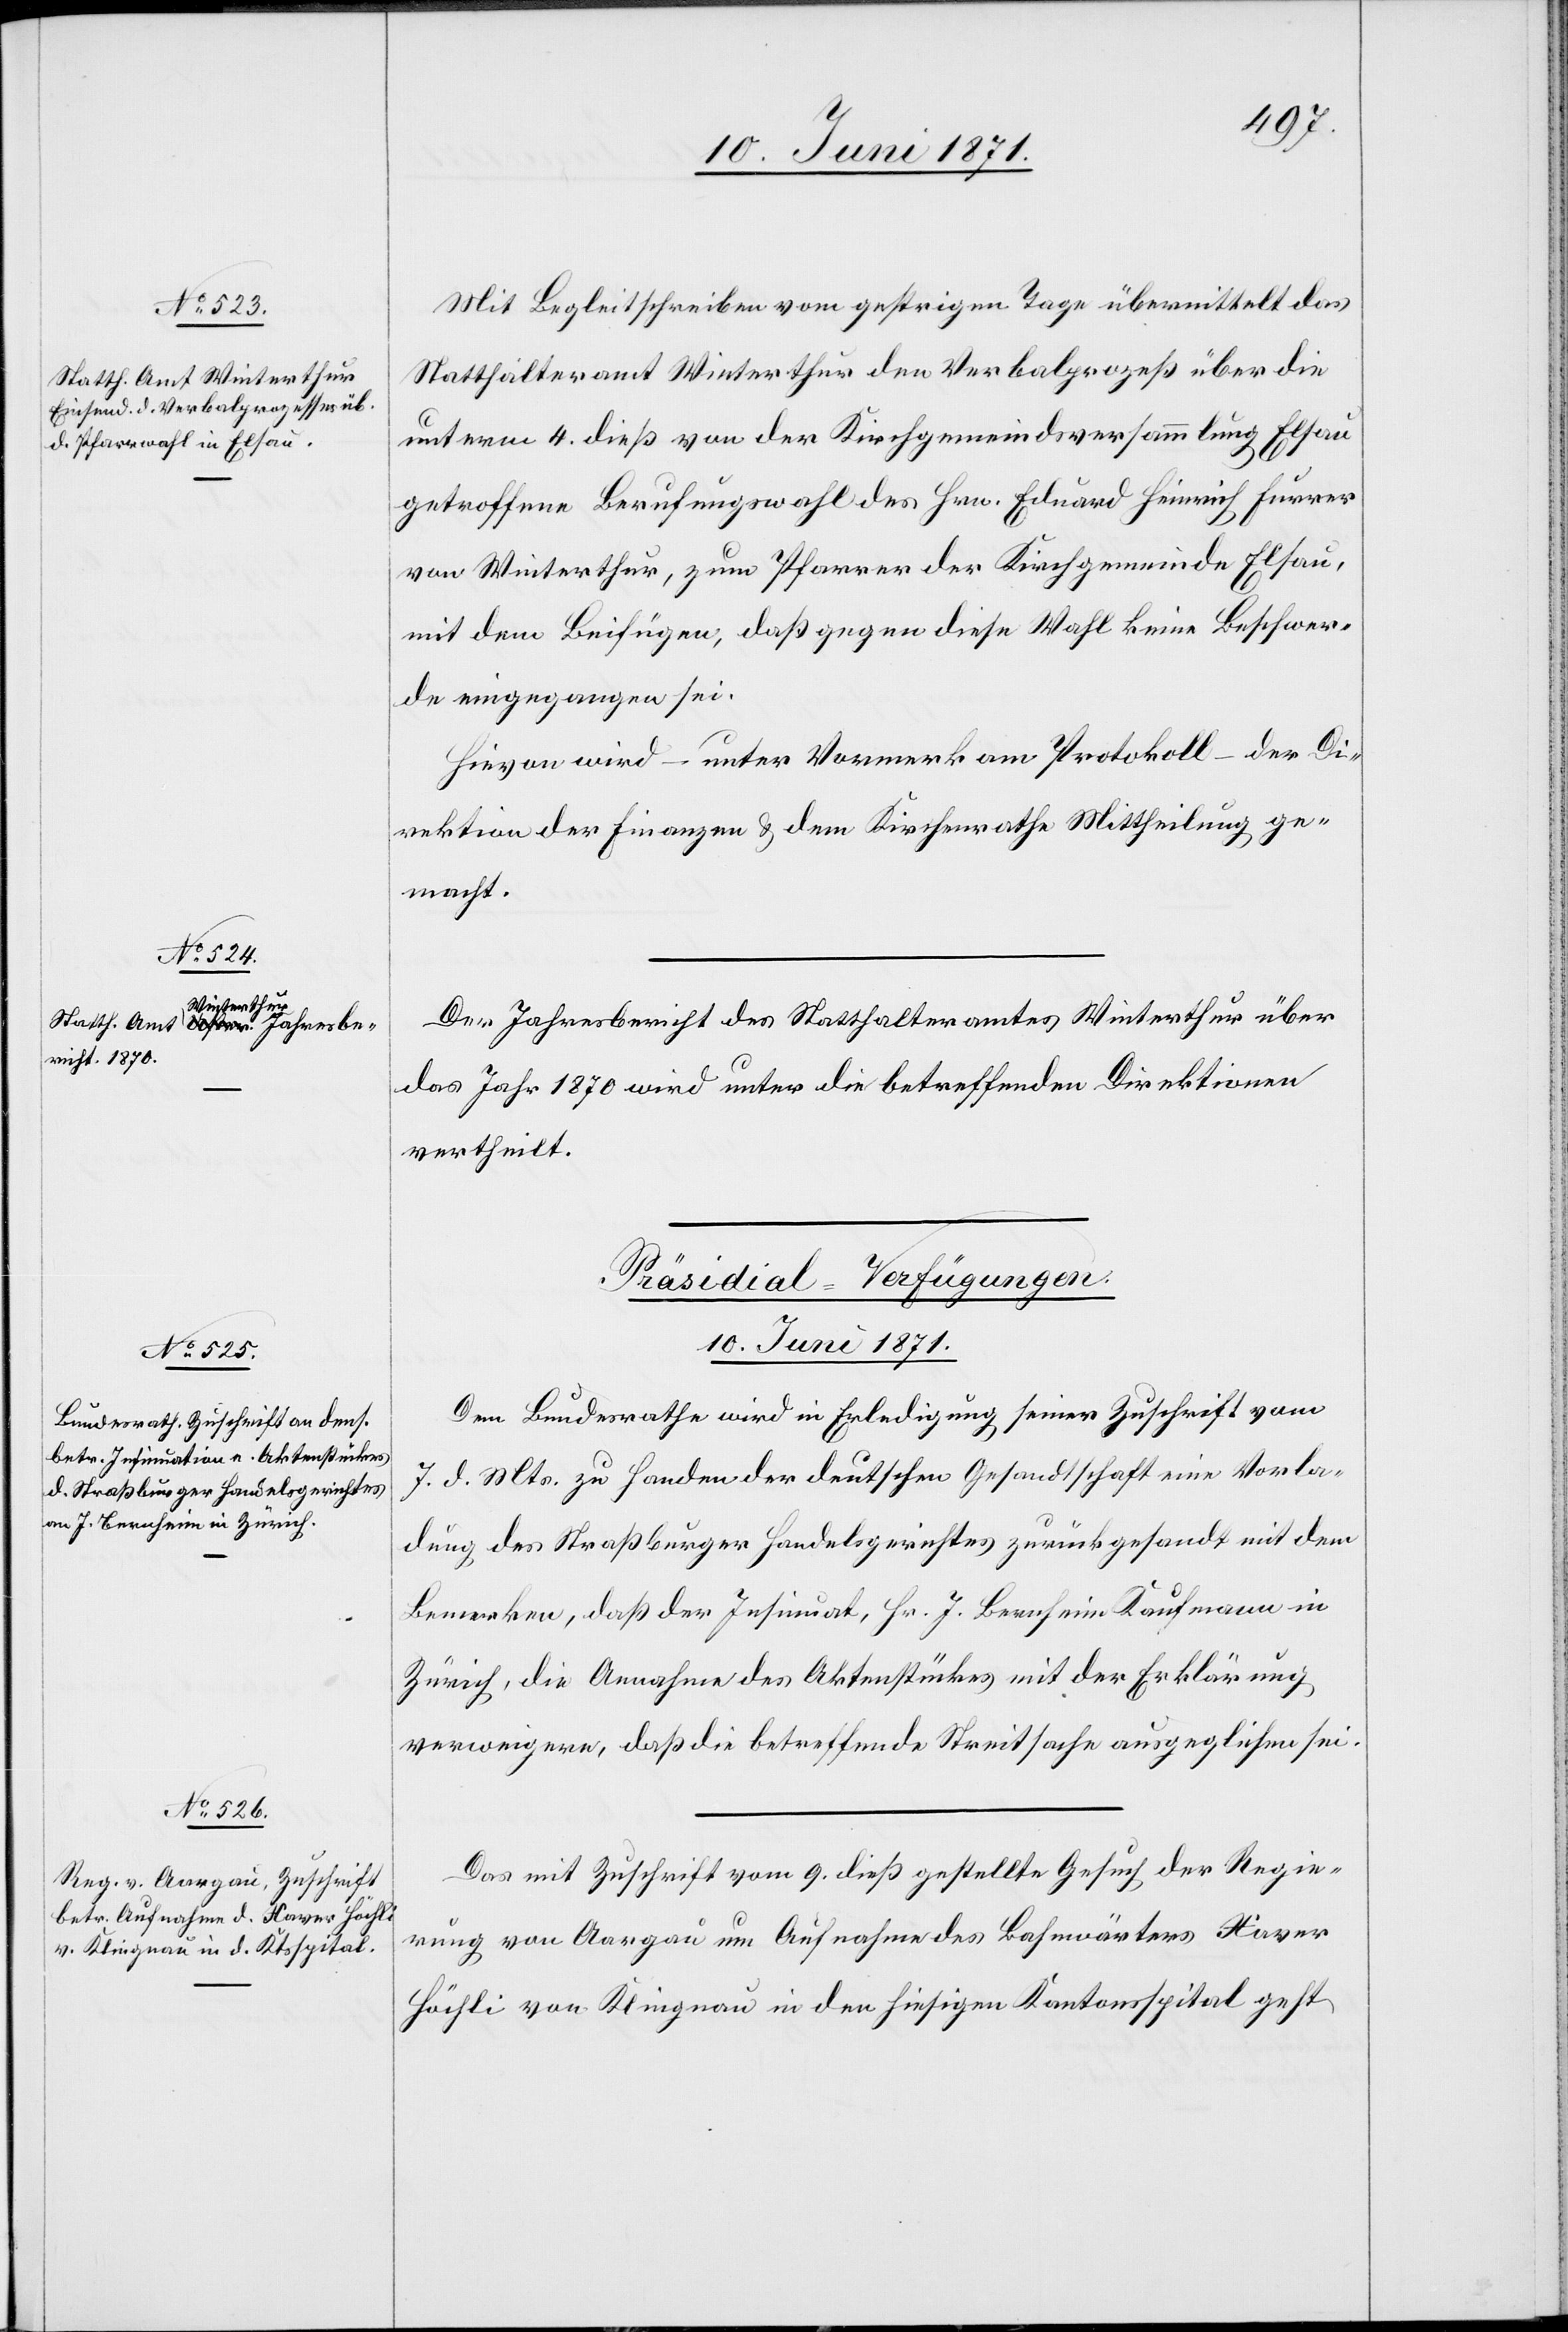
Mit Begleitschreiben vom gestrigen Tage übermittelt das
Statthalteramt Winterthur den Verbalprozeß über die
unterm 4. dieß von der Kirchgemeindsversammlung Elsau
getroffene Berufungswahl des Hrn. Eduard Heinrich Furrer
von Winterthur, zum Pfarrer der Kirchgemeinde Elsau,
mit dem Beifügen, daß gegen diese Wahl keine Beschwer¬
de eingegangen sei.
Hievon wird – unter Vormerk am Protokoll – der Di¬
rektion der Finanzen u. dem Kirchenrathe Mittheilung ge¬
macht.
Der Jahresbericht des Statthalteramt Winterthur über
das Jahr 1870 wird unter die betreffenden Direktionen
vertheilt.
[Präsidial-Verfügungen
10. Juni 1871.]
Dem Bundesrathe wird in Erledigung seiner Zuschrift vom
7. d. Mts. zu Handen der deutschen Gesandtschaft eine Vorla¬
dung des Straßburger Handelsgerichtes zurückgesandt mit dem
Bemerken, daß der Insinuat, Hr. J. Bernheim Kaufmann in
Zürich, die Annahme des Aktenstückes mit der Erklärung
verweigere, daß die betreffende Streitsache ausgeglichen sei.
Das mit Zuschrift vom 9. dieß gestellte Gesuch der Regie¬
rung von Aargau um Aufnahme des Bahnwärters Xaver
Höchli von Klingnau in den hiesigen Kantonsspital geht